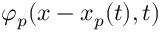
\varphi _ { p } ( x - x _ { p } ( t ) , t )